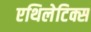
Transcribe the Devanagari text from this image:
एथिलेटिक्स